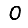
Digit: 0